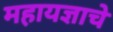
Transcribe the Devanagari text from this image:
महायज्ञाचे